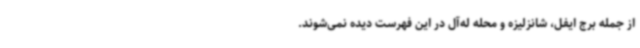
از جمله برج ایفل، شانزلیزه و محله له‌آل در این فهرست دیده نمی‌شوند.